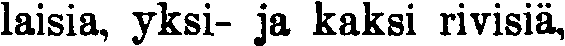
laisia, yksi- ja kaksi rivisiä,